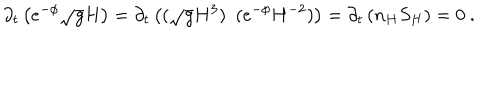
LaTeX: \partial _ { t } \left( e ^ { - \phi } \sqrt { g } H \right) = \partial _ { t } \left( ( \sqrt { g } H ^ { 3 } ) ~ ~ ( e ^ { - \phi } H ^ { - 2 } ) \right) = \partial _ { t } \left( n _ { H } S _ { H } \right) = 0 ~ .